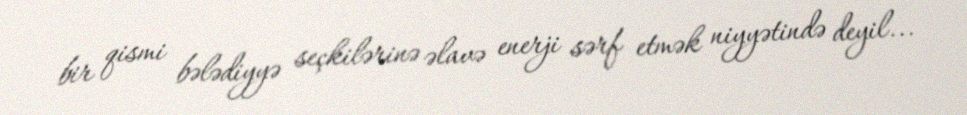
bir qismi bələdiyyə seçkilərinə əlavə enerji sərf etmək niyyətində deyil...